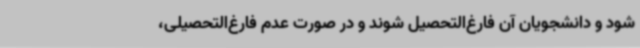
شود و دانشجویان آن فارغ‌التحصیل شوند و در صورت عدم فارغ‌التحصیلی،